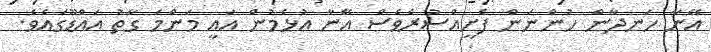
އޭނާ ހަނދާން ހުންނަން ފެށީއްސުރެވެސް އޭނާ އުޅެމުން އައީ މަންމަ ގާތު އައްޑޫގައެވެ.